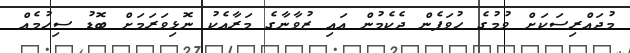
މުދައްރިސަކަށް ވުމުގެ ހުވަފެން ދެކެމުން އައި ޒުވާނާގެ މަރާއެކު ނޮޅިވަރަމަށް ބޮޑު ސިހުމެއް